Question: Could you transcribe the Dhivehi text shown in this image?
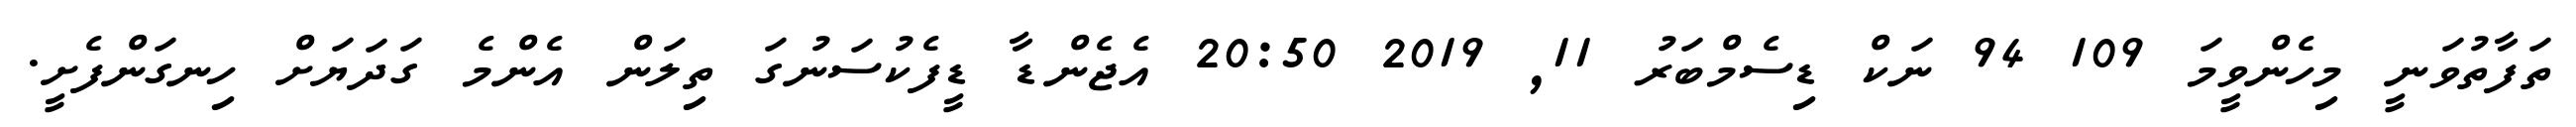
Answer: ތަފާތުވަނީ މިހެންވީމަ 109 94 ނަކް ޑިސެމްބަރު 11, 2019 20:50 އެޖެންޑާ ޑީފެކުސަނުގަ ތިލަން އެންމެ ގަދަޔަށް ހިނގަންފެށީ.